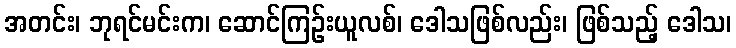
အတင်း၊ ဘုရင်မင်းက၊ ဆောင်ကြဉ်းယူလစ်၊ ဒေါသဖြစ်လည်း၊ ဖြစ်သည့် ဒေါသ၊